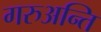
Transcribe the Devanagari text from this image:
गरुअन्ति